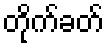
တိုက်ခတ်